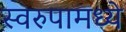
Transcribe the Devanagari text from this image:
स्वरुपामध्ये